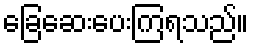
ခြေဆေးပေးကြရသည်။